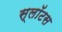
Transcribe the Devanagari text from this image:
स्लॉटस